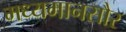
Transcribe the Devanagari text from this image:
मध्यमानसौर